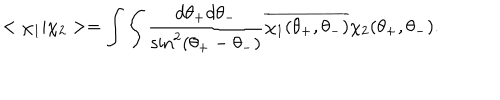
< \chi _ { 1 } | \chi _ { 2 } > = \int \int \frac { d \theta _ { + } d \theta _ { - } } { \sin ^ { 2 } ( \theta _ { + } - \theta _ { - } ) } \overline { { { \chi _ { 1 } ( \theta _ { + } , \theta _ { - } ) } } } \chi _ { 2 } ( \theta _ { + } , \theta _ { - } ) .